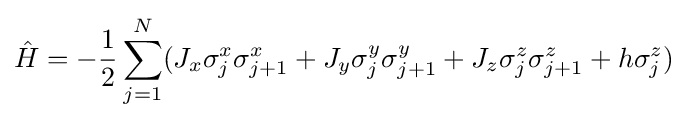
{\hat {H}}=-{\frac {1}{2}}\sum _{j=1}^{N}(J_{x}\sigma _{j}^{x}\sigma _{j+1}^{x}+J_{y}\sigma _{j}^{y}\sigma _{j+1}^{y}+J_{z}\sigma _{j}^{z}\sigma _{j+1}^{z}+h\sigma _{j}^{z})